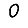
Digit: 0